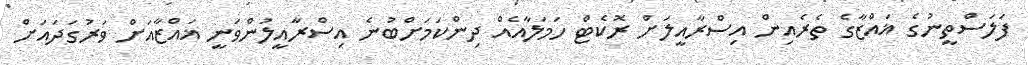
ފަލަސްތީނުގެ ޣައްޒާގެ ތެރެއިން އިސްރާއީލަށް ރޮކެޓް ހަމަލާއެއް ދިންކަމަށްބުނެ އިސްރާއީލުންވަނީ ޣައްޒާއަށް ވަރުގަދައަށް